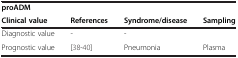
| proADM |  |  |  |
 | Clinical value | References | Syndrome/disease | Sampling |
 | --- | --- | --- | --- |
 | Diagnostic value | - | - |  |
 | Prognostic value | [38-40] | Pneumonia | Plasma |